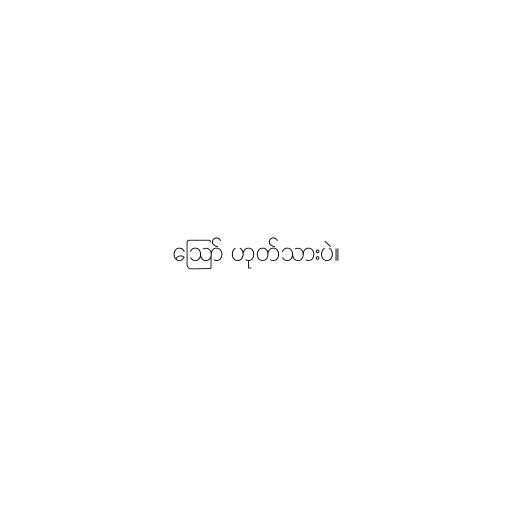
ဪ ဟုတ်သားပဲ။